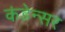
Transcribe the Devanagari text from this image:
कंडेन्सर